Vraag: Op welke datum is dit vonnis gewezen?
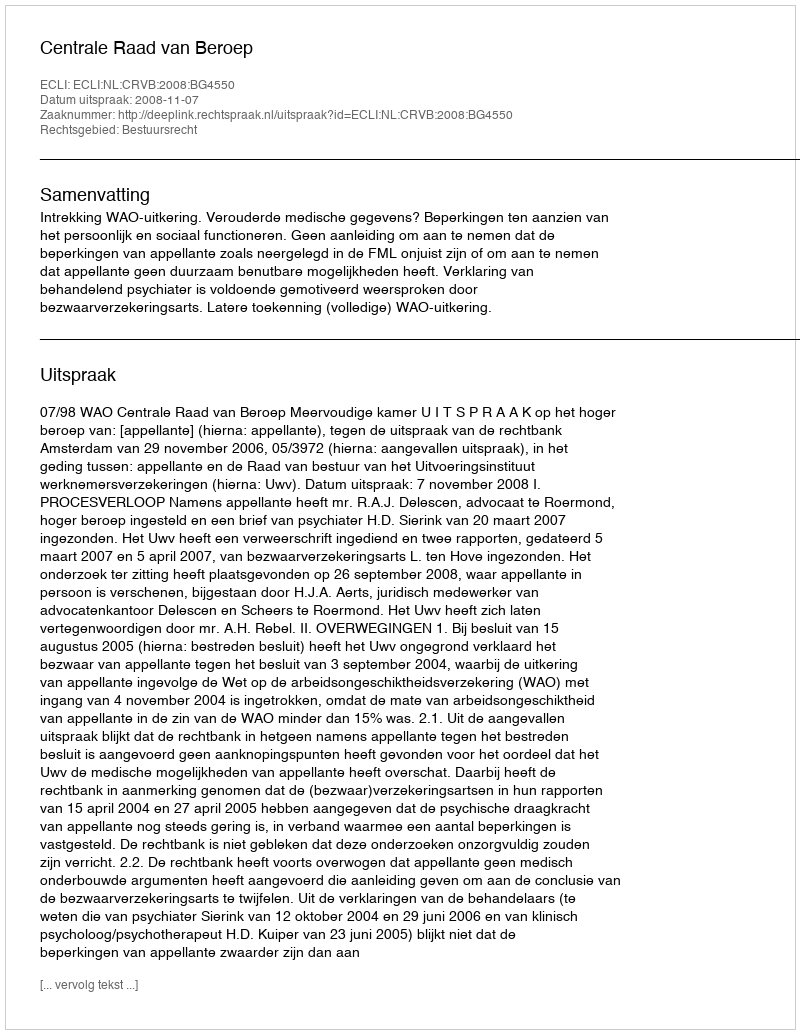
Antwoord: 2008-11-07